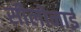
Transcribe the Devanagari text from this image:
सीलोनाई